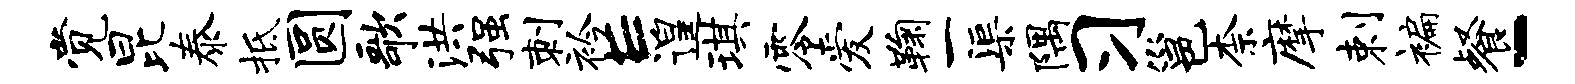
觉昆泰柢圆歌洪强刺衿E遑琪零爱鞠一渠隅习邕柰摩剌褊餐-